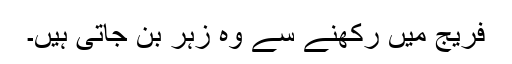
فریج میں رکھنے سے وہ زہر بن جاتی ہیں۔